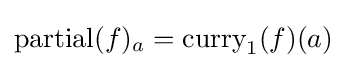
{\text{partial}}(f)_{a}={\text{curry}}_{1}(f)(a)